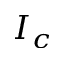
I _ { c }